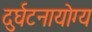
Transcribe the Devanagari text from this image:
दुर्घटनायोग्य